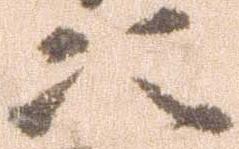
次